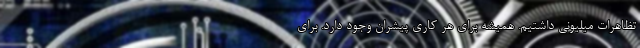
تظاهرات میلیونی داشتیم. همیشه برای هر کاری پیشران وجود دارد. برای